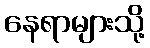
နေရာများသို့